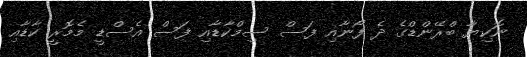
ނޮކިޔާ ބްރޭންޑްގެ ދެ ފޯނާއި ފަސް ސިމްކާޑާއި ފަސް އެސްޑީ މެމޮރީ ކާޑާއި